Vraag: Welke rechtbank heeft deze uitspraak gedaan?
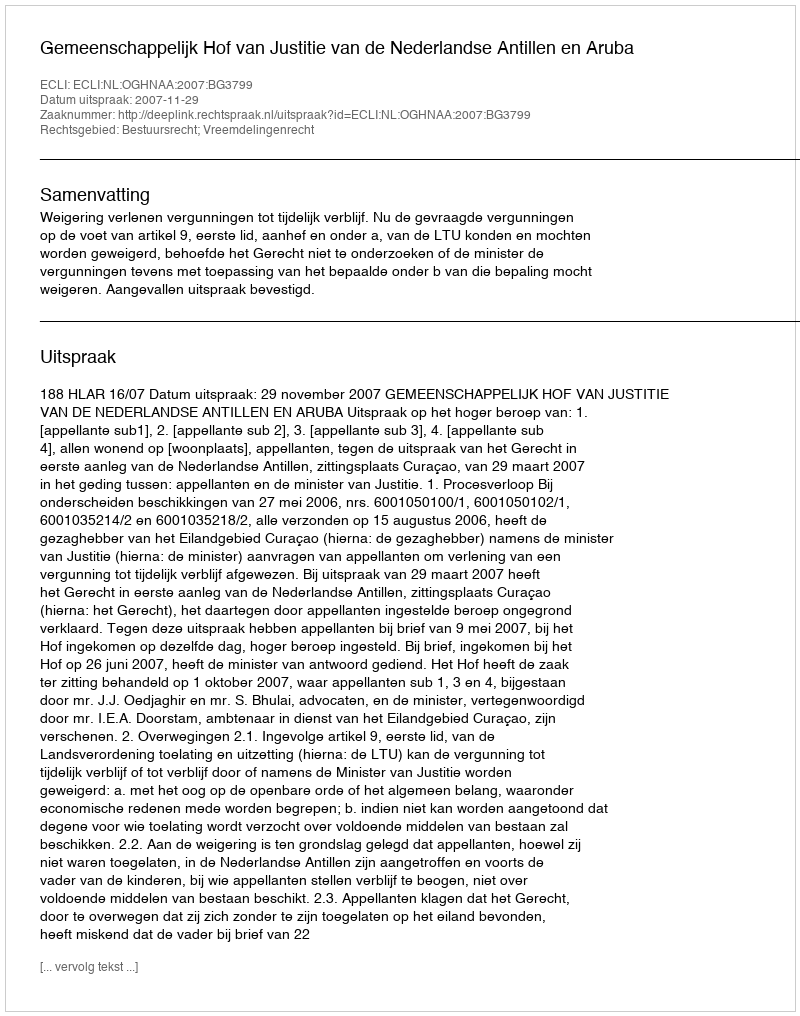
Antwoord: Gemeenschappelijk Hof van Justitie van de Nederlandse Antillen en Aruba